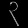
Digit: ၃